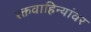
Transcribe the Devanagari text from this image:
रक्तवाहिन्यांवर